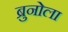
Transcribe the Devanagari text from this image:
ब्रुनोला